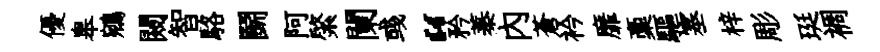
優皋鵷闚智駱鬬阿綮闌彧“矜蓁内蒼衿靡稾驅塞梓彫珽裯